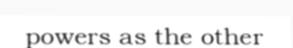
powers as the other